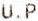
U.P